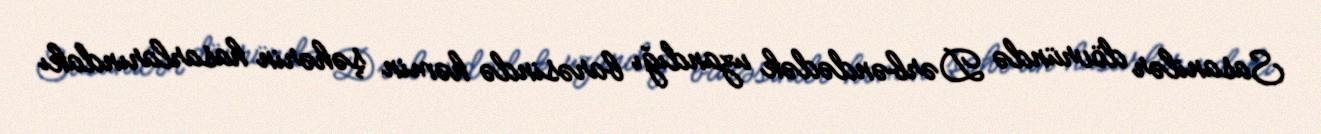
Sasanilər dövründə Dərbəndədək uzandığı barəsində həmin şəhərin hasarlarındakı